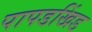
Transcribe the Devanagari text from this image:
पापडखिंड